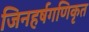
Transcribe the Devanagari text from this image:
जिनहर्षगणिकृत